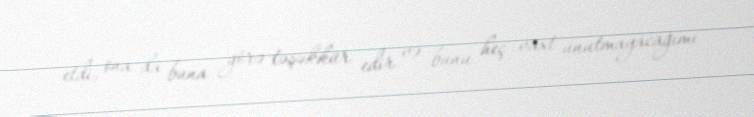
etdi, ona da buna görə təşəkkür edir və bunu heç vaxt unutmayacağımı